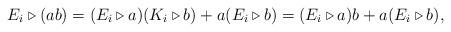
LaTeX: \begin{align*}E_i \triangleright (a b) = (E_i \triangleright a) (K_i \triangleright b) + a (E_i \triangleright b)= (E_i \triangleright a) b + a (E_i \triangleright b),\end{align*}